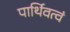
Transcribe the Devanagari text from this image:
पार्थिवत्वं